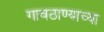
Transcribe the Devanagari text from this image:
गावठाण्याच्या